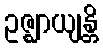
ဥဇ္ဈာယျန္တိ